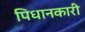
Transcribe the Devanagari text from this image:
पिधानकारी